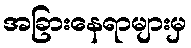
အခြားနေရာများမှ